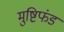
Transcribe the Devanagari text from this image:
मुष्टिफंड